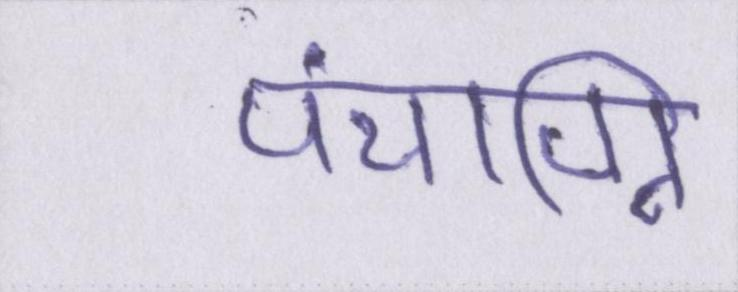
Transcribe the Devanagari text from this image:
पंचाग्नि